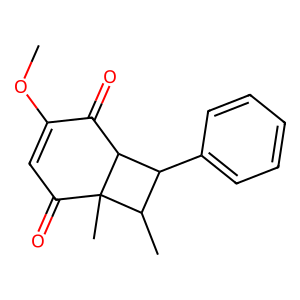
SMILES: COC1=CC(=O)C2(C)C(C)C(c3ccccc3)C2C1=O
Inhibits HIV replication: No